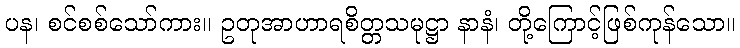
ပန၊ စင်စစ်သော်ကား။ ဥတုအာဟာရစိတ္တသမုဋ္ဌာ နာနံ၊ တို့ကြောင့်ဖြစ်ကုန်သော။